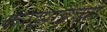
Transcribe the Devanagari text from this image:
करझाईच्या